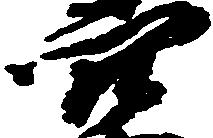
穴